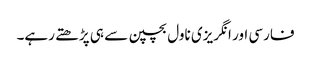
فارسی اور انگریزی ناول بچپن سے ہی پڑھتے رہے۔